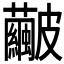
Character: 𥀹